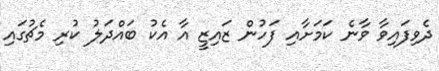
ދެވިފައިވާ ވާނެ ކަމަށާއި ފަހުން ޒައިޒީ އާ އެކު ބައްދަލު ކުރި މެޗުގައި